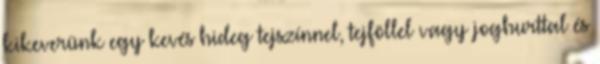
kikeverünk egy kevés hideg tejszínnel, tejföllel vagy joghurttal és